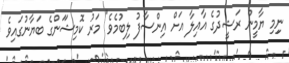
ނިިމި ޔާމީން ރަޝީދުގެ އާއިލާ އަށް އިންސާފު ލިބުމެވެ" މަރު ކޮމިޝަަންގެ ބަޔާނުގައިވެ